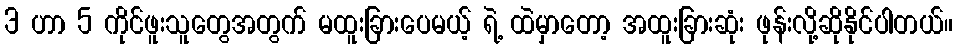
3 ဟာ 5 ကိုင်ဖူးသူတွေအတွက် မထူးခြားပေမယ့် ရဲ့ ထဲမှာတော့ အထူးခြားဆုံး ဖုန်းလို့ဆိုနိုင်ပါတယ်။